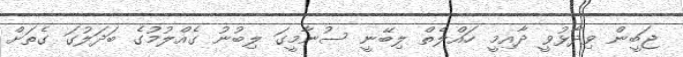
ޖަބީން ވިދާޅުވީ ދާއިމީ ހައްލެތް ލިބޭނީ ސުނާމީގަ ލިބުނު ގެއްލުމުގެ ބަދަލުގަ ގެތަށް